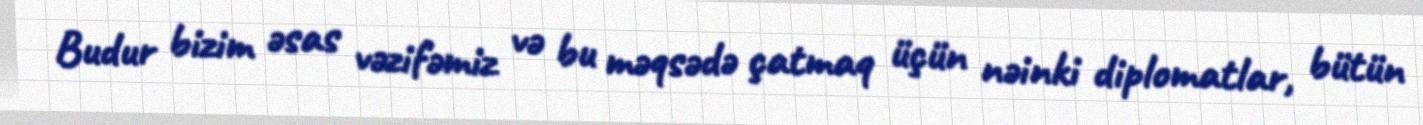
Budur bizim əsas vəzifəmiz və bu məqsədə çatmaq üçün nəinki diplomatlar, bütün